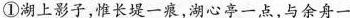
①湖上影子，惟长堤一痕，湖心亭一点，与余舟一